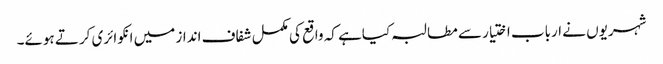
شہریوں نے ارباب اختیار سے مطالبہ کیاہے کہ واقع کی مکمل شفاف انداز میں انکوائری کرتے ہوئے۔